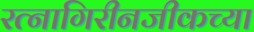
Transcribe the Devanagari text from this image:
रत्नागिरीनजीकच्या